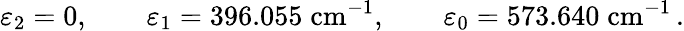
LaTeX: \varepsilon_{2}=0,\qquad\varepsilon_{1}=396.055\; \mathrm{cm}^{-1},\qquad\varepsilon_{0}=573.640\; \mathrm{cm}^{-1}\, .